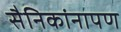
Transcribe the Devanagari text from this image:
सैनिकांनापण